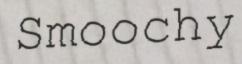
Smoochy